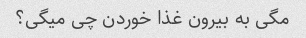
مگی به بیرون غذا خوردن چی میگی؟